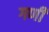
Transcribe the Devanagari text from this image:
गणीं